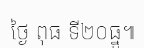
ថ្ងៃ ពុធ ទី២០ធ្នូ៕